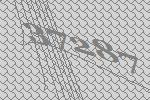
37287